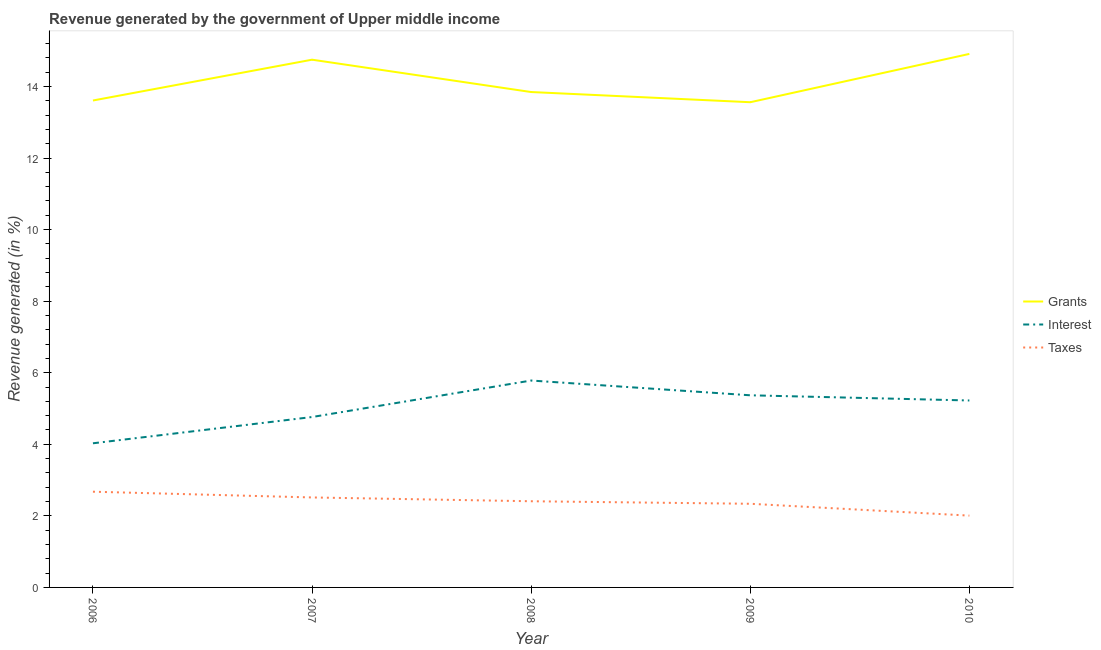
| Year | Grants | Interest | Taxes |
 | --- | --- | --- | --- |
 | 2006 | 13.6 | 4.03 | 2.68 |
 | 2007 | 14.7 | 4.76 | 2.51 |
 | 2008 | 13.8 | 5.78 | 2.41 |
 | 2009 | 13.6 | 5.37 | 2.34 |
 | 2010 | 14.9 | 5.22 | 2.01 |